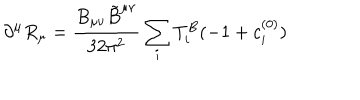
\partial ^ { \mu } R _ { \mu } = \frac { B _ { \mu \nu } { \tilde { B } } ^ { \mu \nu } } { 3 2 \pi ^ { 2 } } \sum _ { i } T _ { i } ^ { B } ( - 1 + c _ { i } ^ { ( 0 ) } )